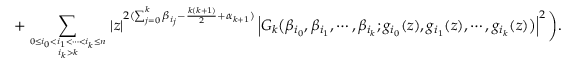
+ \sum _ { 0 \le i _ { 0 } < i _ { 1 } < \cdots < i _ { k } \le n \atop i _ { k } > k } \left| z \right| ^ { 2 ( \sum _ { j = 0 } ^ { k } \beta _ { i _ { j } } - \frac { k ( k + 1 ) } { 2 } + \alpha _ { k + 1 } ) } \left| G _ { k } \big ( \beta _ { i _ { 0 } } , \beta _ { i _ { 1 } } , \cdots , \beta _ { i _ { k } } ; g _ { i _ { 0 } } ( z ) , g _ { i _ { 1 } } ( z ) , \cdots , g _ { i _ { k } } ( z ) \big ) \right| ^ { 2 } \bigg ) .